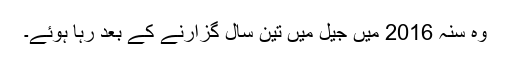
وہ سنہ 2016 میں جیل میں تین سال گزارنے کے بعد رہا ہوئے۔